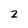
Character: 2